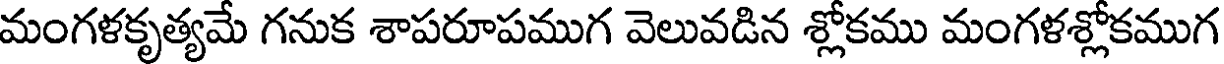
మంగళకృత్యమే గనుక శాపరూపముగ వెలువడిన శ్లోకము మంగళశ్లోకముగ